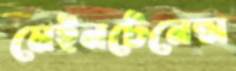
মেইনটেনেন্স